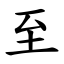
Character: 至